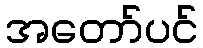
အတော်ပင်